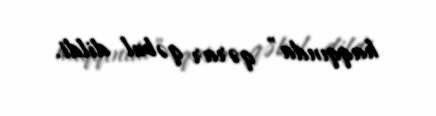
haqqında” qərar qəbul dildi.